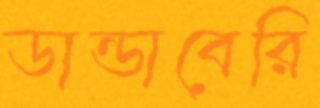
ডান্ডাবেরি